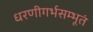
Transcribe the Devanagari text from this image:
धरणीगर्भसम्भूतं